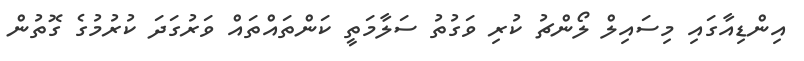
އިންޑިއާގައި މިސައިލް ލޯންޗު ކުރި ވަގުތު ސަލާމަތީ ކަންތައްތައް ވަރުގަދަ ކުރުމުގެ ގޮތުން